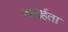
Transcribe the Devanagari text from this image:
करार्हता